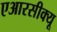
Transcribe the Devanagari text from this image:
एआरसीक्यू